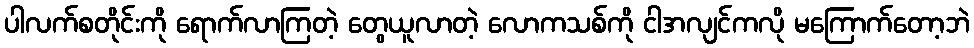
ပါလက်စတိုင်းကို ရောက်လာကြတဲ့ တွေယူလာတဲ့ လောကသစ်ကို ငါအလျင်ကလို မကြောက်တော့ဘဲ